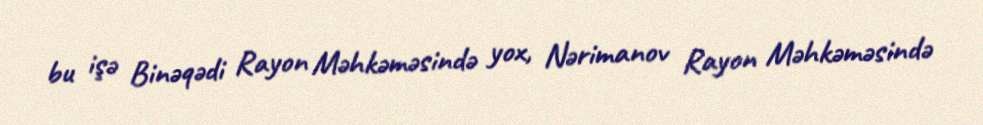
bu işə Binəqədi Rayon Məhkəməsində yox, Nərimanov Rayon Məhkəməsində